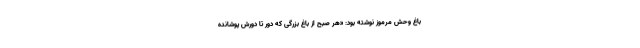
باغ وحش مرموز نوشته بود: «هر صبح از باغ بزرگی که دور تا دورش پوشانده